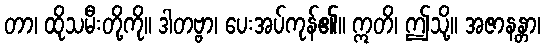
တာ၊ ထိုသမီးတို့ကို။ ဒါတဗ္ဗာ၊ ပေးအပ်ကုန်၏။ ဣတိ၊ ဤသို့။ အဇာနန္တာ၊